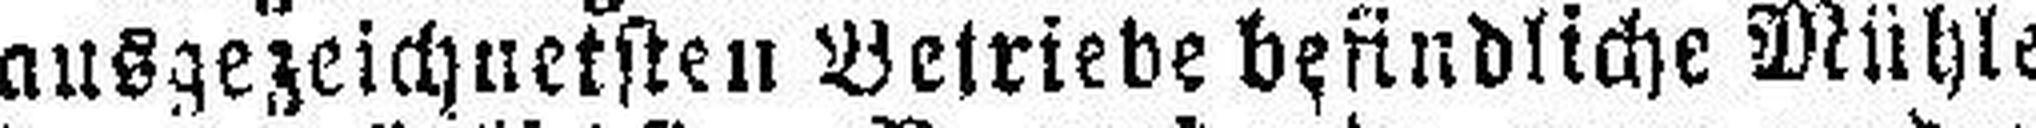
ausgezeichnetsten Betriebe befindliche Mühle